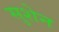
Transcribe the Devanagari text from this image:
सुशेन